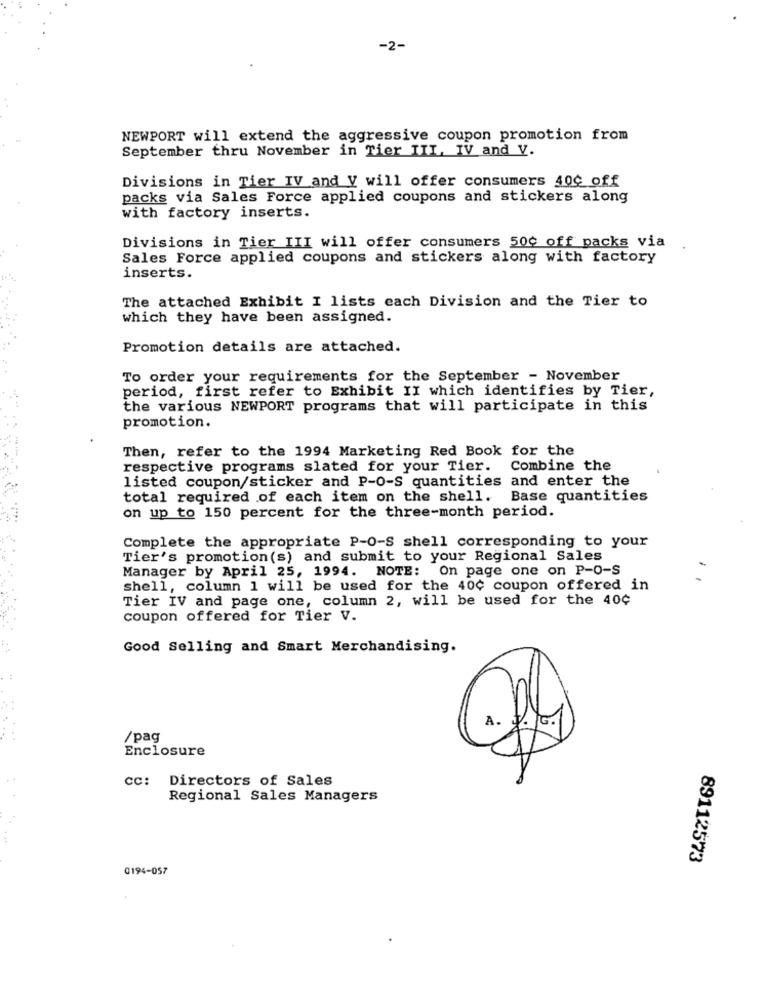
-2-
NEWPORT will extend the aggressive coupon promotion from
September thru November in Tier III, IV and V.
Divisions in Tier IV and V will offer consumers 400 off
packs via Sales Force applied coupons and stickers along
with factory inserts.
Divisions in Tier III will offer consumers 500 off packs via
Sales Force applied coupons and stickers along with factory
inserts.
The attached Exhibit I lists each Division and the Tier to
which they have been assigned.
Promotion details are attached.
To order your requirements for the September - November
period, first refer to Exhibit II which identifies by Tier,
the various NEWPORT programs that will participate in this
promotion.
Then, refer to the 1994 Marketing Red Book for the
respective programs slated for your Tier. Combine the
listed coupon/sticker and P-0-S quantities and enter the
total required of each item on the shell. Base quantities
on up to 150 percent for the three-month period.
Complete the appropriate P-0-S shell corresponding to your
Tier's promotion (s) and submit to your Regional Sales
Manager by April 25, 1994. NOTE: On page one on P-0-S
shell, column 1 will be used for the 40¢ coupon offered in
Tier IV and page one, column 2, will be used for the 40¢
coupon offered for Tier V.
Good Selling and Smart Merchandising.
A.
G.
/pag
Enclosure
cc: Directors of Sales
Regional Sales Managers
89112573
0194-057